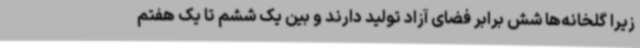
زیرا گلخانه‌ها شش برابر فضای آزاد تولید دارند و بین یک ششم تا یک هفتم